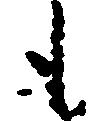
も